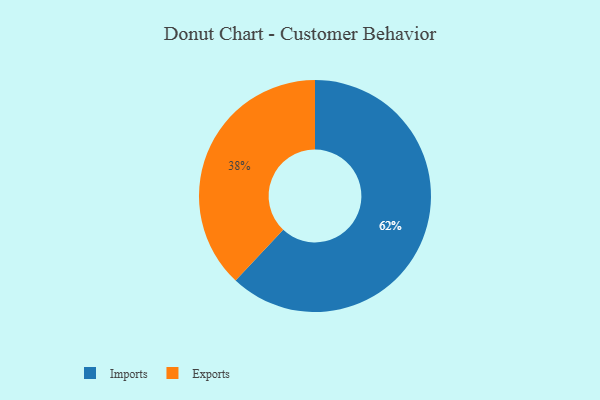
{"axis": {"x": "Category", "y": "Percentage"}, "legend": ["Exports", "Imports"], "data": [{"x": "Imports", "y": 62, "type": "Imports"}, {"x": "Exports", "y": 38, "type": "Exports"}]}